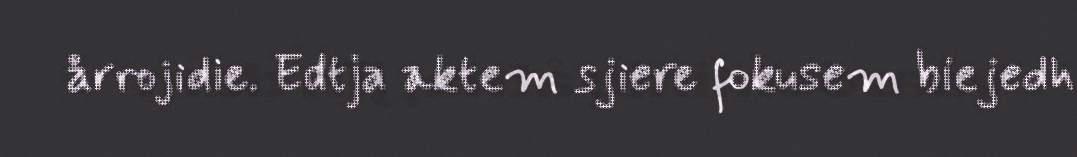
årrojidie. Edtja aktem sjiere fokusem biejedh